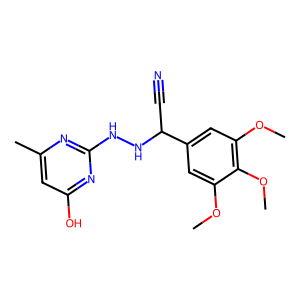
SMILES: COc1cc(C(C#N)NNc2nc(C)cc(O)n2)cc(OC)c1OC
Inhibits HIV replication: No